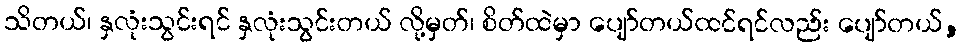
သိတယ်၊ နှလုံးသွင်းရင် နှလုံးသွင်းတယ် လို့မှတ်၊ စိတ်ထဲမှာ ပျော်တယ်ထင်ရင်လည်း ပျော်တယ်,